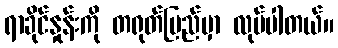
ရာခိုင်နှုန်းကို တရုတ်ပြည်မှာ လုပ်ပါတယ်။